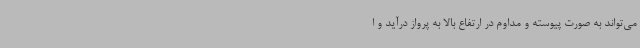
می‌تواند به صورت پیوسته و مداوم در ارتفاع بالا به پرواز درآید و ا